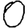
Digit: 0